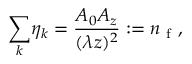
{ \displaystyle \sum _ { k } } \eta _ { k } = \frac { A _ { 0 } A _ { z } } { ( \lambda z ) ^ { 2 } } : = n _ { \mathrm { ~ f ~ } } ,